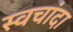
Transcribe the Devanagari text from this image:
स्वचांदा